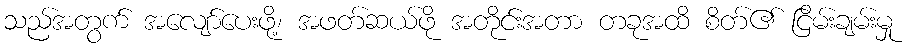
သည်အတွက် အလျော်ပေးဖို့၊ အဖတ်ဆယ်ဖို အတိုင်းအတာ တခုအထိ စိတ်၏ ငြိမ်းချမ်းမှု